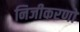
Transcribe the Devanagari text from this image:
निजीकरणों